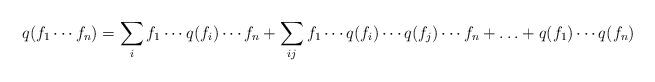
LaTeX: \begin{align*}q(f_1\cdots f_n)=\sum_i f_1\cdots q(f_i)\cdots f_n+\sum_{ij} f_1\cdots q(f_i)\cdots q(f_j)\cdots f_n+\ldots+ q(f_1)\cdots q(f_n)\end{align*}